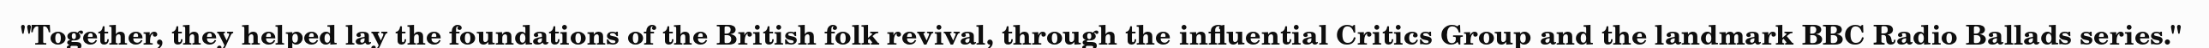
"Together, they helped lay the foundations of the British folk revival, through the influential Critics Group and the landmark BBC Radio Ballads series."